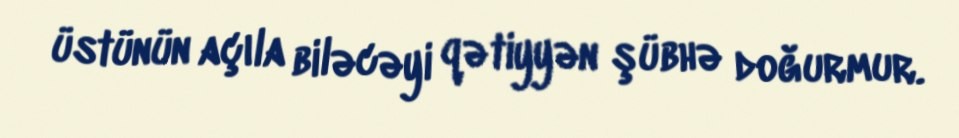
üstünün açıla biləcəyi qətiyyən şübhə doğurmur.